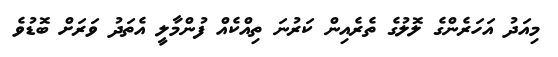
މިއަދު އަހަރެންގެ ލޮލުގެ ތެރެއިން ކަރުނަ ތިއްކެއް ފުންމާލީ އެތަދު ވަރަށް ބޮޑުވެ